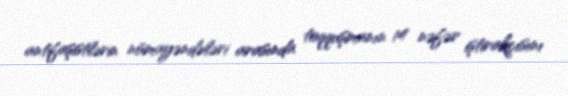
antifaşistlərin nümayəndələri arasında toqquşmanın 14 nəfər iştirakçısını